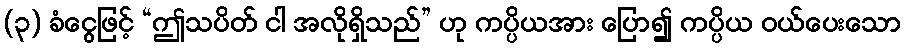
(၃) ခံငွေဖြင့် “ဤသပိတ် ငါ အလိုရှိသည်” ဟု ကပ္ပိယအား ပြော၍ ကပ္ပိယ ဝယ်ပေးသော